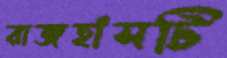
রাজহাঁসটি